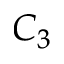
C _ { 3 }